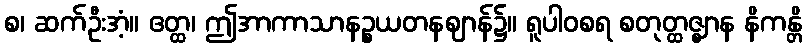
စ၊ ဆက်ဦးအံ့။ ဧတ္ထ၊ ဤအာကာသာနဉ္စယတနဈာန်၌။ ရူပါဝစရ စတုတ္ထဇ္ဈာန နိကန္တိ